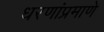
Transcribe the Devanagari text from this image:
धरणांप्रमाणे